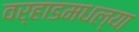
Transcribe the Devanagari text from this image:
वर्‍हाडमधल्या